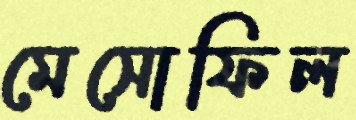
মেসোফিল